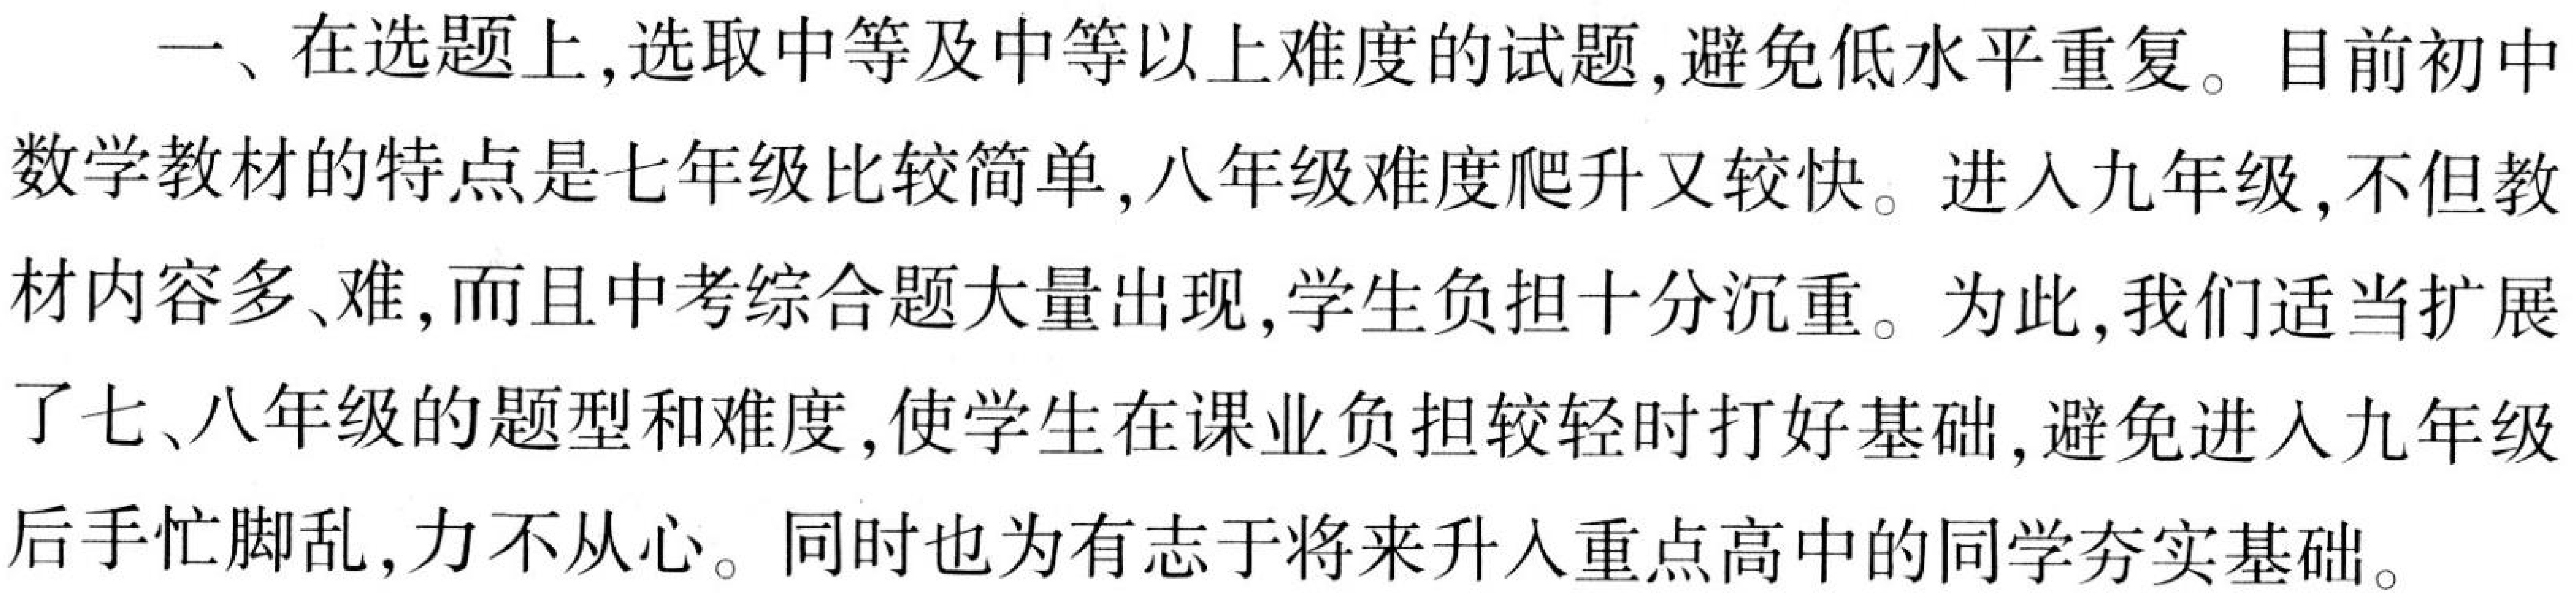
一、在选题上,选取中等及中等以上难度的试题,避免低水平重复。目前初中
数学教材的特点是七年级比较简单,八年级难度爬升又较快。进入九年级,不但教
材内容多、难,而且中考综合题大量出现,学生负担十分沉重。为此,我们适当扩展
了七、八年级的题型和难度,使学生在课业负担较轻时打好基础,避免进入九年级
后手忙脚乱,力不从心。同时也为有志于将来升入重点高中的同学夯实基础。